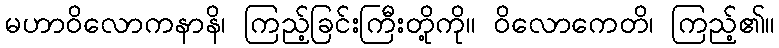
မဟာဝိလောကနာနိ၊ ကြည့်ခြင်းကြီးတို့ကို။ ဝိလောကေတိ၊ ကြည့်၏။